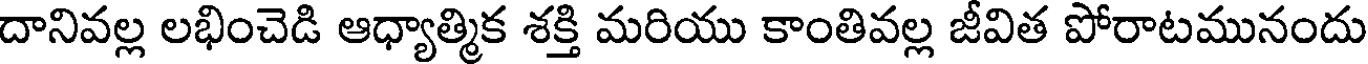
దానివల్ల లభించెడి ఆధ్యాత్మిక శక్తి మరియు కాంతివల్ల జీవిత పోరాటమునందు